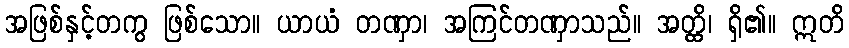
အဖြစ်နှင့်တကွ ဖြစ်သော။ ယာယံ တဏှာ၊ အကြင်တဏှာသည်။ အတ္ထိ၊ ရှိ၏။ ဣတိ